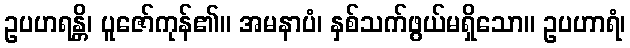
ဥပဟရန္တိ၊ ပူဇော်ကုန်၏။ အမနာပံ၊ နှစ်သက်ဖွယ်မရှိသော။ ဥပဟာရံ၊